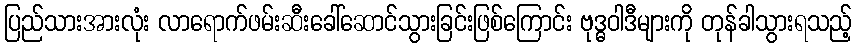
ပြည်သားအားလုံး လာရောက်ဖမ်းဆီးခေါ်ဆောင်သွားခြင်းဖြစ်ကြောင်း ဗုဒ္ဓဝါဒီများကို တုန်ခါသွားရသည့်